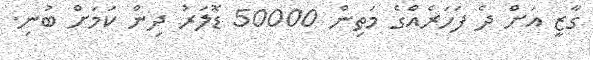
ގާޒީ އަށް ދެ ފަހަރެއްގެ މަތިން 50000 ޑޮލަރު ދިން ކަމަށް ބުނި.